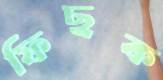
ফিছক